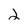
Character: 2